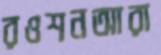
রওশনআরা